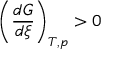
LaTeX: \left( { \frac { d G } { d \xi } } \right) _ { T , p } > 0